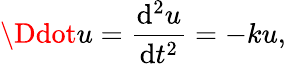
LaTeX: \Ddot{u}=\frac{\mathrm{d}^{2}u}{\mathrm{d}t^{2}}=-ku,